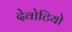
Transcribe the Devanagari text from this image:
देवोटियो